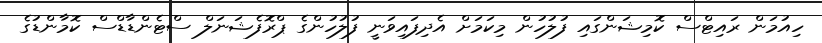
ހިއުމަން ރައިޓްސް ކޮމިޝަންގައި ފުލުހުން މިކަމަށް އެދިފައިވަނީ ފުލުހުންގެ ޕްރޮފެޝަނަލް ސްޓެންޑާޑްސް ކޮމާންޑުގެ